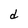
Character: d